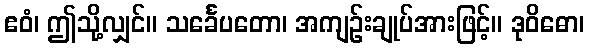
ဧဝံ၊ ဤသို့လျှင်။ သင်္ခေပတော၊ အကျဉ်းချုပ်အားဖြင့်။ ဒုဝိဓော၊